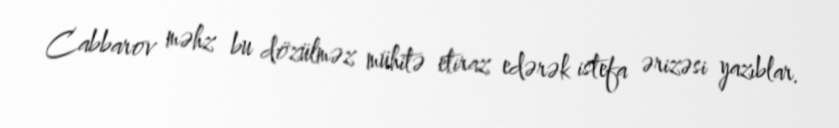
Cabbarov məhz bu dözülməz mühitə etiraz edərək istefa ərizəsi yazıblar.